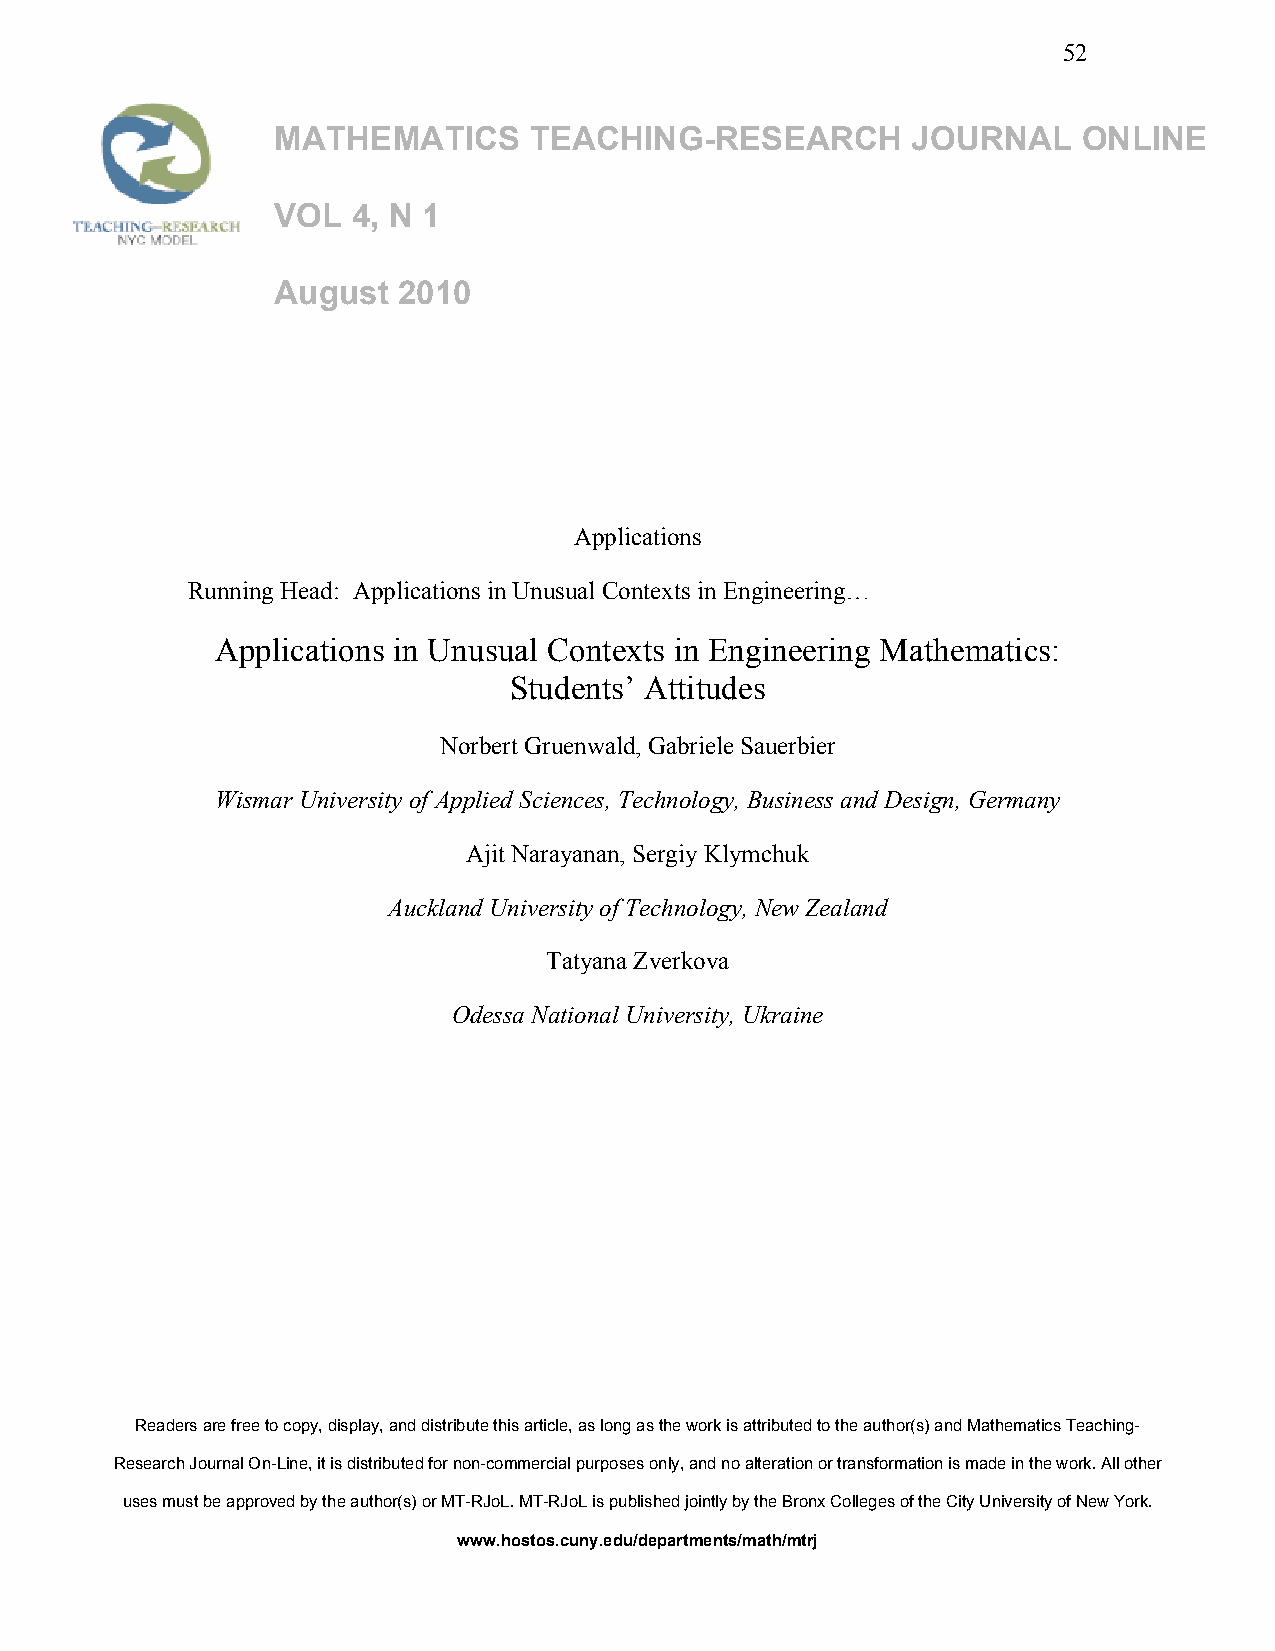
52
 MATHEMATICS      TEACHING-RESEARCH        JOURNAL     ONLINE
 VOL  4, N 1
 August  2010
 Applications
 Running Head: Applications in Unusual Contexts in Engineering…
 Applications in Unusual Contexts in Engineering Mathematics:
 Students’ Attitudes
 Norbert Gruenwald, Gabriele Sauerbier
 Wismar University of Applied Sciences, Technology, Business and Design, Germany
 Ajit Narayanan, Sergiy Klymchuk
 Auckland University of Technology, New Zealand
 Tatyana Zverkova
 Odessa National University, Ukraine
 Readers are free to copy, display, and distribute this article, as long as the work is attributed to the author(s) and Mathematics Teaching-
 Research Journal On-Line, it is distributed for non-commercial purposes only, and no alteration or transformation is made in the work. All other
 uses must be approved by the author(s) or MT-RJoL. MT-RJoL is published jointly by the Bronx Colleges of the City University of New York.
 www.hostos.cuny.edu/departments/math/mtrj